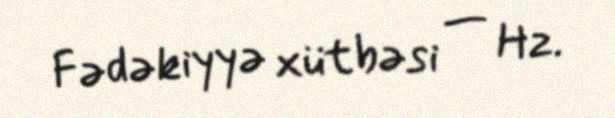
Fədəkiyyə xütbəsi — Hz.